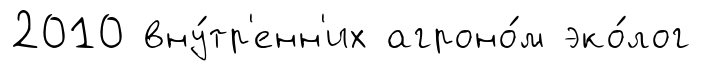
2010 вну́тр'енн'их агроно́м эко́лог